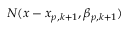
{ N } ( x - x _ { p , k + 1 } , \beta _ { p , k + 1 } )